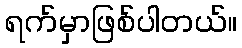
ရက်မှာဖြစ်ပါတယ်။